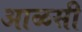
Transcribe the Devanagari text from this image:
आळसी